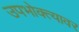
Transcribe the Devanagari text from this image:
उपभोक्त्यावर